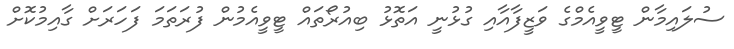
ސުލައިމާން ޓީވީއެމްގެ ވަޒީފާއާއި ގުޅުނީ އަތޮޅު ބިއުރޯތައް ޓީވީއެމުން ފުރަތަމަ ފަހަރަށް ގާއިމުކޮށް